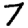
Digit: 7